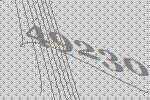
49230